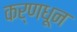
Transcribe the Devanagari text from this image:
कर्णधून